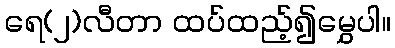
ရေ(၂)လီတာ ထပ်ထည့်၍မွှေပါ။